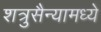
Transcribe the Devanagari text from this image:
शत्रुसैन्यामध्ये